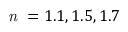
\textit { n } = 1 . 1 , 1 . 5 , 1 . 7